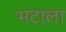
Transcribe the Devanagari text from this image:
भटाला